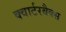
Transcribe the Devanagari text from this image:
क्वार्टरबैक्स